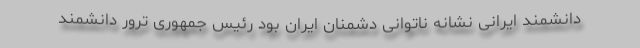
دانشمند ایرانی نشانه ناتوانی دشمنان ایران بود رئیس جمهوری ترور دانشمند